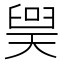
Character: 𪡲